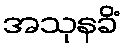
အသုနခိံ